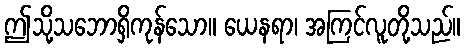
ဤသို့သဘောရှိကုန်သော။ ယေနရာ၊ အကြင်လူတို့သည်။